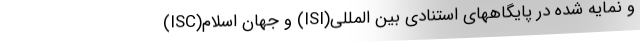
و نمایه شده در پایگاههای استنادی بین المللی(ISI) و جهان اسلام(ISC)